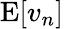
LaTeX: \operatorname{E}[v_{n}]